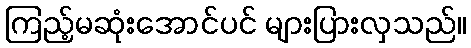
ကြည့်မဆုံးအောင်ပင် များပြားလှသည်။